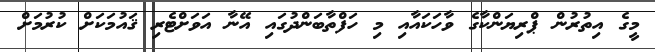
މީގެ އިތުރުން ޕްރިޔަންކާގެ ވާހަކައާއި މި ހަފްތާބަންދުގައި އޭނާ އަވަށްޓެރި ޤައުމަކަށް ކުރުމަށް